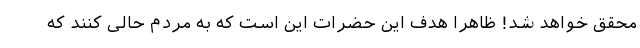
محقق خواهد شد! ظاهرا هدف این حضرات این است که به مردم حالی کنند که